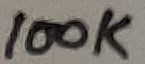
Text: 100K